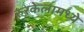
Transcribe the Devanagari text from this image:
रुरकेलामध्ये